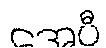
အေပီ